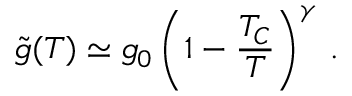
\tilde { g } ( T ) \simeq g _ { 0 } \left( 1 - \frac { T _ { C } } { T } \right) ^ { \gamma } \, .